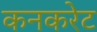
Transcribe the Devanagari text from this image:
कनकरेट